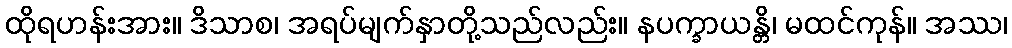
ထိုရဟန်းအား။ ဒိသာစ၊ အရပ်မျက်နှာတို့သည်လည်း။ နပက္ခာယန္တိ၊ မထင်ကုန်။ အဿ၊